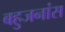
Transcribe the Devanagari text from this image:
बहुजनांस